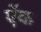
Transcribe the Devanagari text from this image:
ऐंक